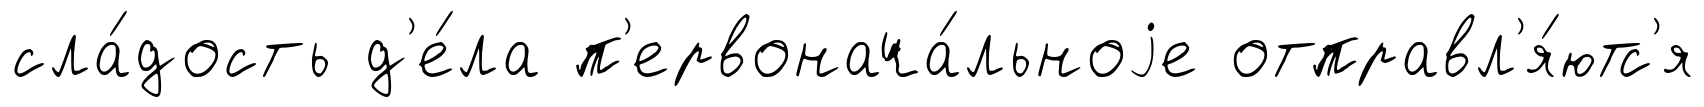
сла́дость д'е́ла п'ервонача́льноjе отправл'я́ютс'я